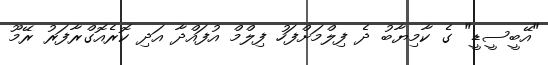
"އޭބީސީޑީ" ގެ ކާމިޔާބު ދެ ފިލްމަށްފަހު ފިލްމް އުފައްދާ އަދި ކޮރެއޮގްރާފަރު ރޭމޫ